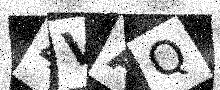
Text: 4VAQ